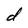
Character: d